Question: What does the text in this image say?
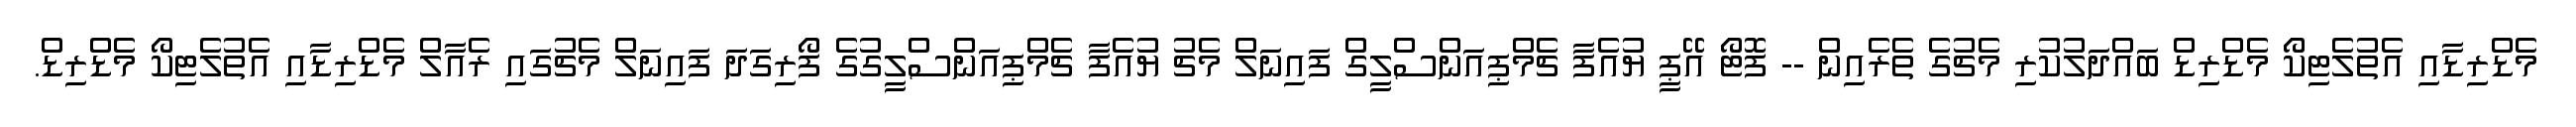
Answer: މެޑްރިޑާއި އެތުލެޓިކޯ މެޑްރިޑް ބައްދަލުކުރި މެޗުގެ ތެރެއިން -- ފޮޓޯ އޭޕީ ޔުއެފާ ޗެމްޕިއަންސްލީގް ފައިނަލް މެޗު ޔުއެފާ ޗެމްޕިއަންސްލީގުގެ ފޯރިގަދަ ފައިނަލް މެޗުގައި ރެއާލް މެޑްރިޑާއި އެތުލެޓިކޯ މެޑްރިޑް.